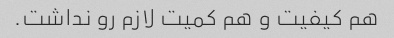
هم کیفیت و هم کمیت لازم رو نداشت.